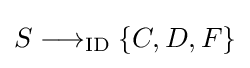
S\longrightarrow _{\mathrm {ID} }\{C,D,F\}